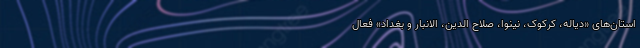
استان‌های «دیاله، کرکوک، نینوا، صلاح الدین، الانبار و بغداد» فعال